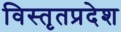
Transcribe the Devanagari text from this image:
विस्तृतप्रदेश